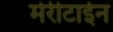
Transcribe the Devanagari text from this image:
मेरीटाईन